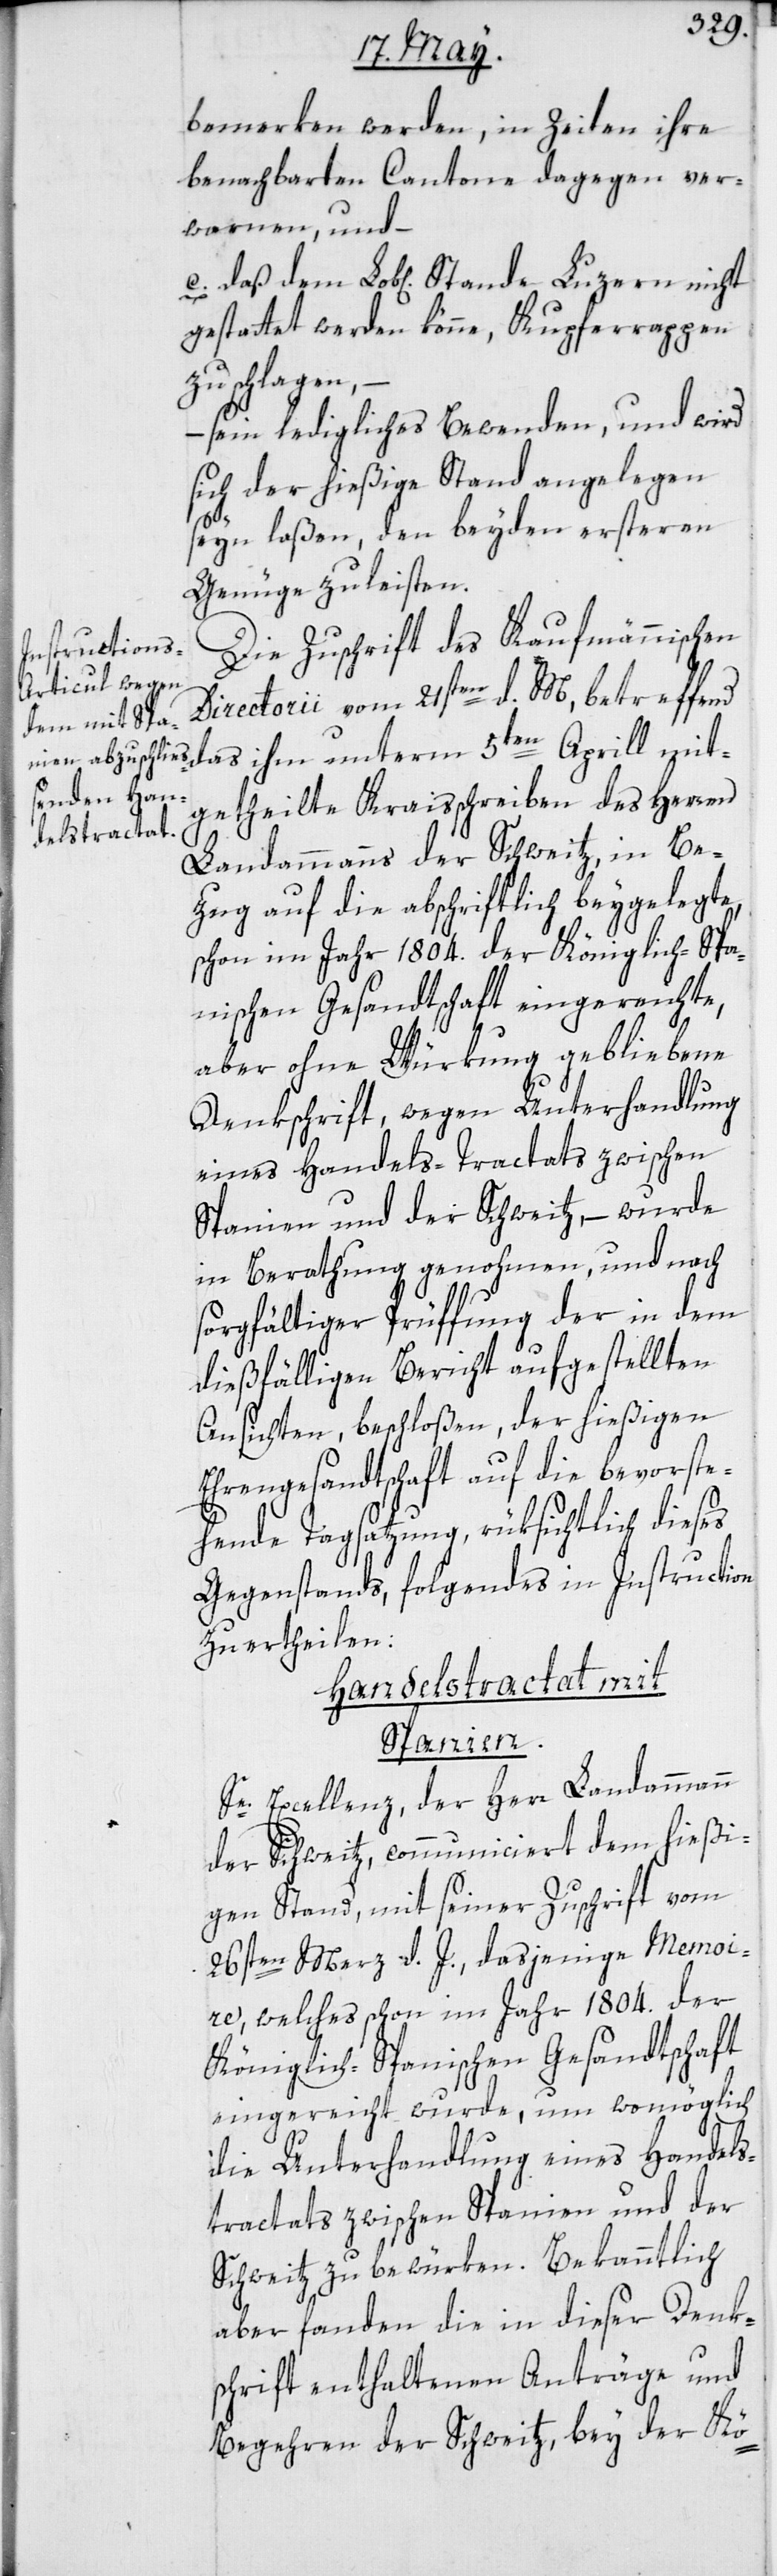
bemerken werden, in Zeiten ihre
benachbarten Cantone dagegen ver¬
warnen, und
gestattet werden könne, Kupferrappen
zu schlagen,
– sein ledigliches Bewenden, und wird
sich der hießige Stand angelegen
seyn laßen, den beyden ersteren
Genüge zu leisten.
Die Zuschrift des Kaufmännischen
Directorii vom 21sten d. M., betreffend
getheilte Kraisschreiben des Herren
Landammanns der Schweitz, in Be¬
zug auf die abschriftlich beygelegte,
schon im Jahr 1804. der Königlich-Spa¬
nischen Gesandtschaft eingereichte,
aber ohne Würkung gebliebene
Denkschrift, wegen Unterhandlung
eines Handels-Tractats zwischen
Spanien und der Schweitz, – wurde
in Berathung genohmen, und nach
sorgfältiger Prüffung der in dem
dießfälligen Bericht aufgestellten
Ansichten, beschloßen, der hießigen
Ehrengesandtschaft auf die bevorste¬
hende Tagsatzung, rüksichtlich dieses
Gegenstands, folgendes in Instruction
zu ertheilen:
Handelstractat mit
Spanien.
Se. Excellenz der Herr Landammann
der Schweitz, communiciert dem hießi¬
gen Stand, mit seiner Zuschrift vom
26sten Merz d. J., dasjenige Memoi¬
re, welches schon im Jahr 1804. der
Königlich-Spanischen Gesandtschaft
eingereicht wurde, um womöglich
die Unterhandlung eines Handels¬
tractats zwischen Spanien und der
Schweitz zu bewürken. Bekanntlich
aber fanden die in dieser Denk¬
schrift enthaltenen Anträge und
Begehren der Schweitz, bey der Kö-